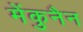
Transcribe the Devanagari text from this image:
मेंकुनैन